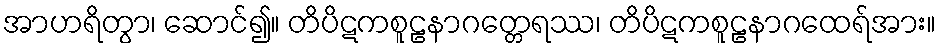
အာဟရိတွာ၊ ဆောင်၍။ တိပိဋကစူဠနာဂတ္တေရဿ၊ တိပိဋကစူဠနာဂထေရ်အား။